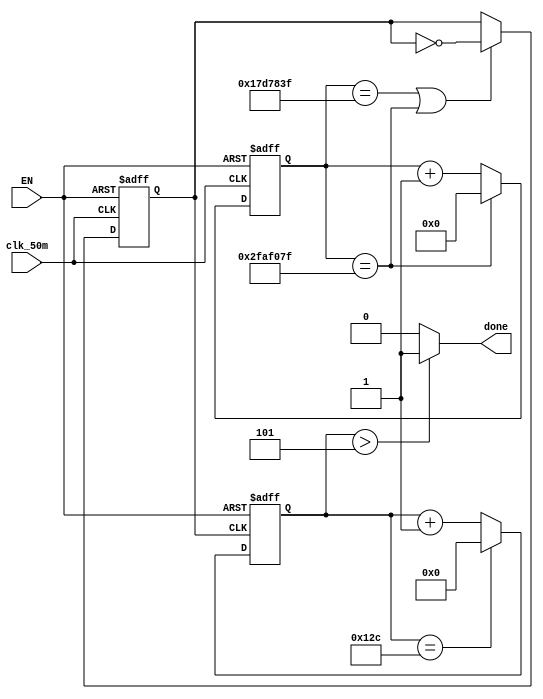
module stop_timer (
    input wire clk_50m,
    input wire EN,
    output reg done
);
reg [25:0] counter;
reg [8:0] counter_300s;
reg clk_1s;

always @(posedge clk_50m or negedge EN) begin
    if(!EN)
        counter <= 0;
    else if (counter == 26'd49999999)
        counter <= 0;
    else
        counter <= counter + 1'b1;
end

always @(posedge clk_50m or negedge EN) begin // T = 1s
    if(!EN)
	 begin
        clk_1s <= 0;
	 end
    else if (counter == 26'd24999999 || counter == 26'd49999999)
	 begin
        clk_1s <= ~clk_1s;
	 end
    else
	 begin
        clk_1s <= clk_1s;
	 end
end

always @(posedge clk_1s or negedge EN) begin
	if(!EN)
		counter_300s <= 1'b0;
	else if(counter_300s == 9'd300)
		counter_300s <= 1'b0;
	else
		counter_300s <= counter_300s + 1'b1;
end
//assign done = (counter_300s == 8'd5);  
always@(*)
begin
//    done <= (counter_300s == 8'd5);  
    if(counter_300s > 8'd5)
        done <= 1'b1;
    else
        done <= 1'b0;
end
endmodule